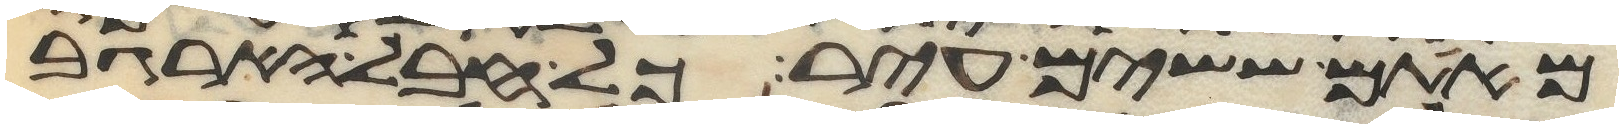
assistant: מאתם ששים עיר כל חבל הארגב